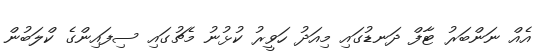
އެއް ނަންބަރު ޓާފް ދަނޑުގައި މިއަދު ހަވީރު ކުޅުނު މެޗުގައި ސިފައިންގެ ކްލަބުން